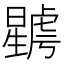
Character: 𣋮